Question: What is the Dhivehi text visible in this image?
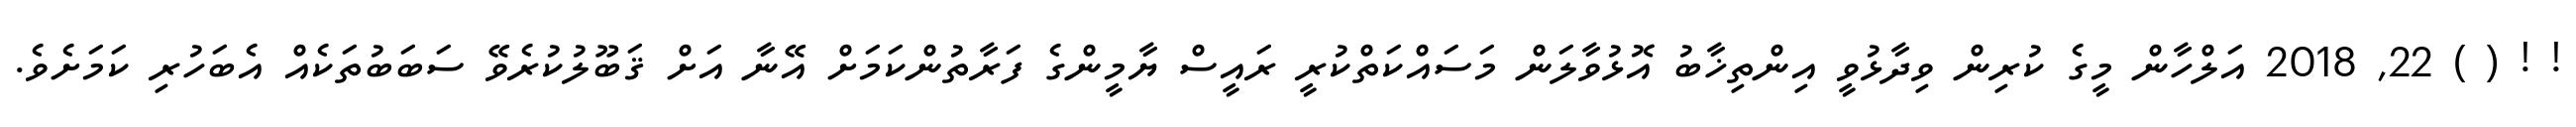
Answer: ! ! ( ) 22, 2018 އަލްހާން މީގެ ކުރިން ވިދާޅުވީ އިންތިޚާބު އޮޅުވާލަން މަސައްކަތްކުރީ ރައީސް ޔާމީންގެ ފަރާތުންކަމަށް އޭނާ އަށް ޤަބޫލުކުރެވޭ ސަބަބުތަކެއް އެބަހުރި ކަމަށެވެ.